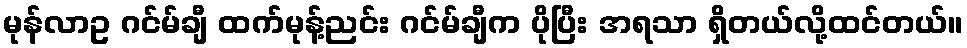
မုန်လာဥ ဂင်မ်ချီ ထက်မုန့်ညင်း ဂင်မ်ချီက ပိုပြီး အရသာ ရှိတယ်လို့ထင်တယ်။